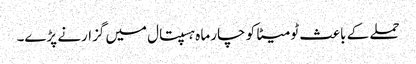
حملے کے باعث ٹومیٹا کو چار ماہ ہسپتال میں گزارنے پڑے۔